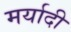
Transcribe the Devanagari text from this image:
मर्यादी